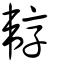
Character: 韕